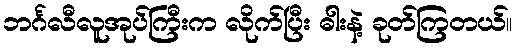
ဘင်္ဂလီလူအုပ်ကြီးက လိုက်ပြီး ဓါးနဲ့ ခုတ်ကြတယ်။